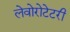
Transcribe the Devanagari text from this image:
लेवोरोटेटरी